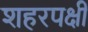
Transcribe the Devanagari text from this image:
शहरपक्षी